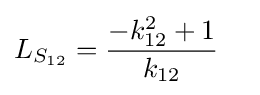
L_{S_{12}}={\frac {-k_{12}^{2}+1}{k_{12}}}\quad